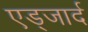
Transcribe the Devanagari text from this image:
एड्जार्द